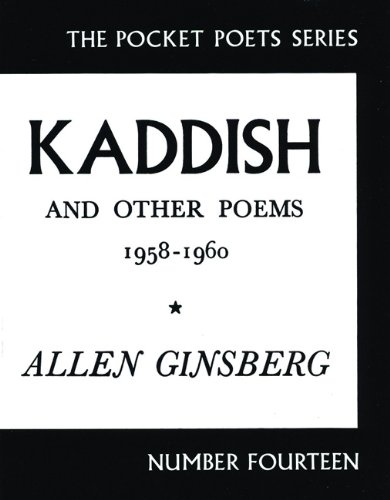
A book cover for Kaddish and Other Poems: 1958-1960 (City Lights Pocket Poets Series); Allen Ginsberg; Gay & Lesbian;